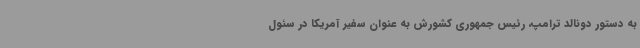
به دستور دونالد ترامپ، رئیس جمهوری کشورش به عنوان سفیر آمریکا در سئول